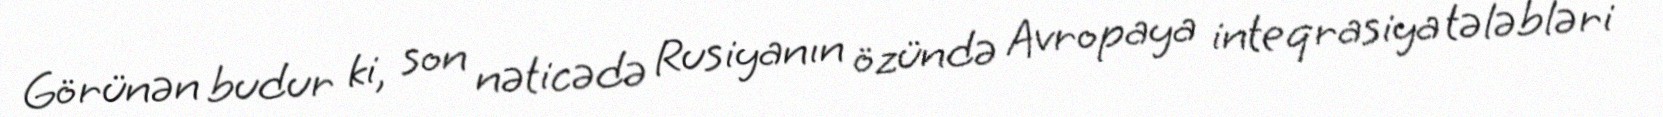
Görünən budur ki, son nəticədə Rusiyanın özündə Avropaya inteqrasiya tələbləri